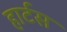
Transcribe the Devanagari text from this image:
हार्टस